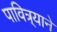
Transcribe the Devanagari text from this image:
पावित्र्याने